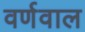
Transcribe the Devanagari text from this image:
वर्णवाल